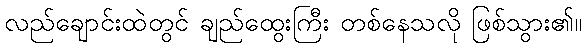
လည်ချောင်းထဲတွင် ချည်ထွေးကြီး တစ်နေသလို ဖြစ်သွား၏။